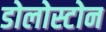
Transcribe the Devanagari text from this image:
डोलोस्टोन